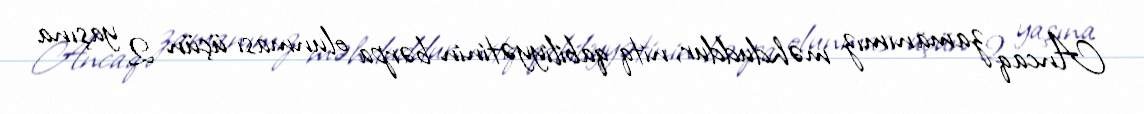
Ancaq zamanımız məhduddur, nitq qabiliyyətinin bərpa olunması üçün 2 yaşına